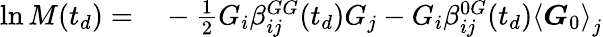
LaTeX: \begin{array}{rl}{\ln M(t_{d})=}&{{}-\frac{1}{2}G_{i}\beta_{ij}^{GG}(t_{d})G_{j}-G_{i}\beta_{ij}^{0G}(t_{d})\left\langle\boldsymbol{G}_{0}\right\rangle_{j}}\end{array}